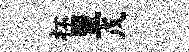
杯盟戊